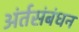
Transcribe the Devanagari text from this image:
अंर्तसंबंधन